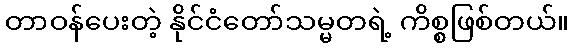
တာဝန်ပေးတဲ့ နိုင်ငံတော်သမ္မတရဲ့ ကိစ္စဖြစ်တယ်။